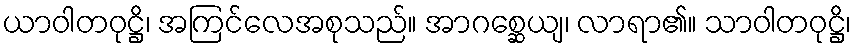
ယာဝါတဝုဋ္ဌိ၊ အကြင်လေအစုသည်။ အာဂစ္ဆေယျ၊ လာရာ၏။ သာဝါတဝုဋ္ဌိ၊